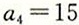
a _ { 4 } = 1 5